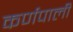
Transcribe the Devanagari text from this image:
कर्णपाली